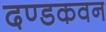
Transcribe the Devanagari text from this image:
दण्डकवन